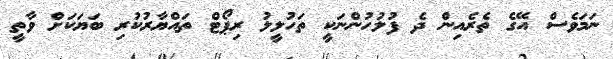
ނަމަވެސް އޭގެ ތެރެއިން ދެ ފުލުހުންނަކީ ތަހުލީލު ރިޕޯޓް ތައްޔާރުކުރި ބަޔަކަށް ވާތީ